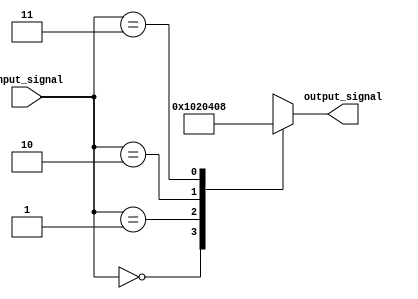
module full_case_example (
    input wire [1:0] input_signal,
    output reg [7:0] output_signal
);

// Initializing output signal
always @*
begin
    case (input_signal)
        2'b00: output_signal <= 8'b00000001;
        2'b01: output_signal <= 8'b00000010;
        2'b10: output_signal <= 8'b00000100;
        2'b11: output_signal <= 8'b00001000;
        default: output_signal <= 8'b00000000;
    endcase
end

endmodule